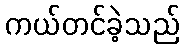
ကယ်တင်ခဲ့သည်